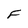
Character: F